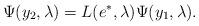
LaTeX: \begin{align*}\Psi(y_2,\lambda)=L(e^*,\lambda)\Psi(y_1,\lambda).\end{align*}